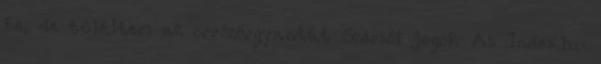
be, de túléltem az orrszőrgyantát Szerzői jogok Az Index.hu